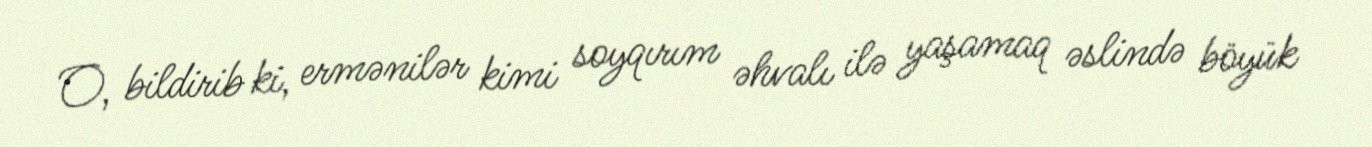
O, bildirib ki, ermənilər kimi soyqırım əhvalı ilə yaşamaq əslində böyük